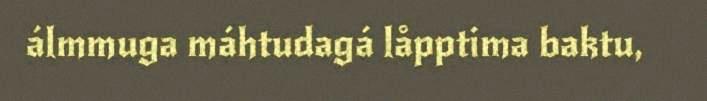
álmmuga máhtudagá låpptima baktu,